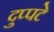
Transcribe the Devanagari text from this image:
दुप्पटे